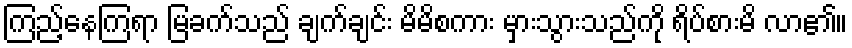
ကြည့်နေကြရာ မြခက်သည် ချက်ချင်း မိမိစကား မှားသွားသည်ကို ရိပ်စားမိ လာ၏။